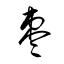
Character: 棗